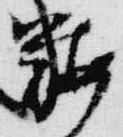
鞍